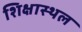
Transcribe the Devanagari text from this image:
शिक्षास्थल